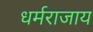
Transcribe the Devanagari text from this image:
धर्मराजाय